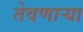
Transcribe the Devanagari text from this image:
तेवणाऱ्या